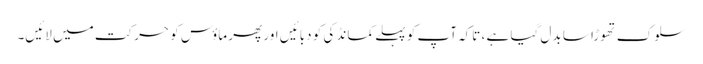
سلوک تھوڑا سا بدل گیا ہے ، تاکہ آپ کو پہلے کمانڈ کی کو دبائیں اور پھر ماؤس کو حرکت میں لائیں۔